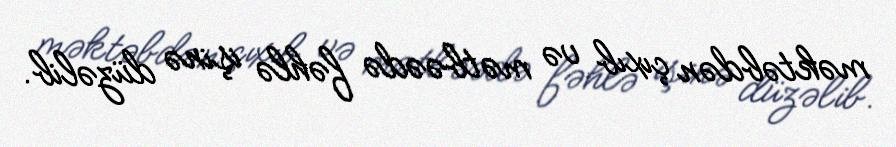
məktəbdən çıxıb və mətbəədə fəhlə işinə düzəlib.